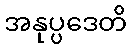
အနုပ္ပဒေတိ